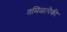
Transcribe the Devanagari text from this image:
तमिळांपैकी